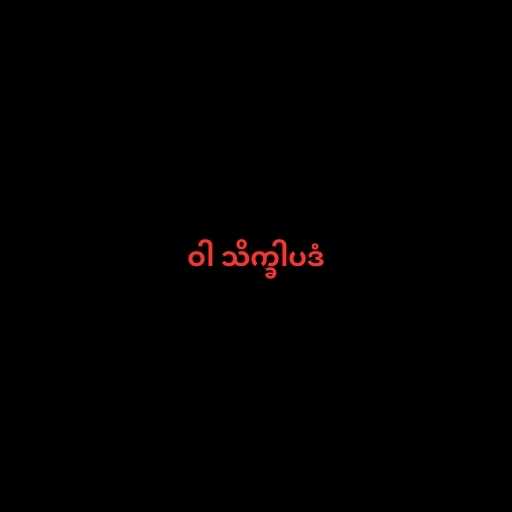
ဝါ သိက္ခါပဒံ